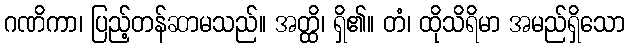
ဂဏိကာ၊ ပြည့်တန်ဆာမသည်။ အတ္ထိ၊ ရှိ၏။ တံ၊ ထိုသိရိမာ အမည်ရှိသော